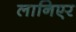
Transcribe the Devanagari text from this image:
लानिएर